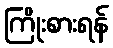
ကြိုးစားရန်